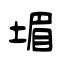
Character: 堳